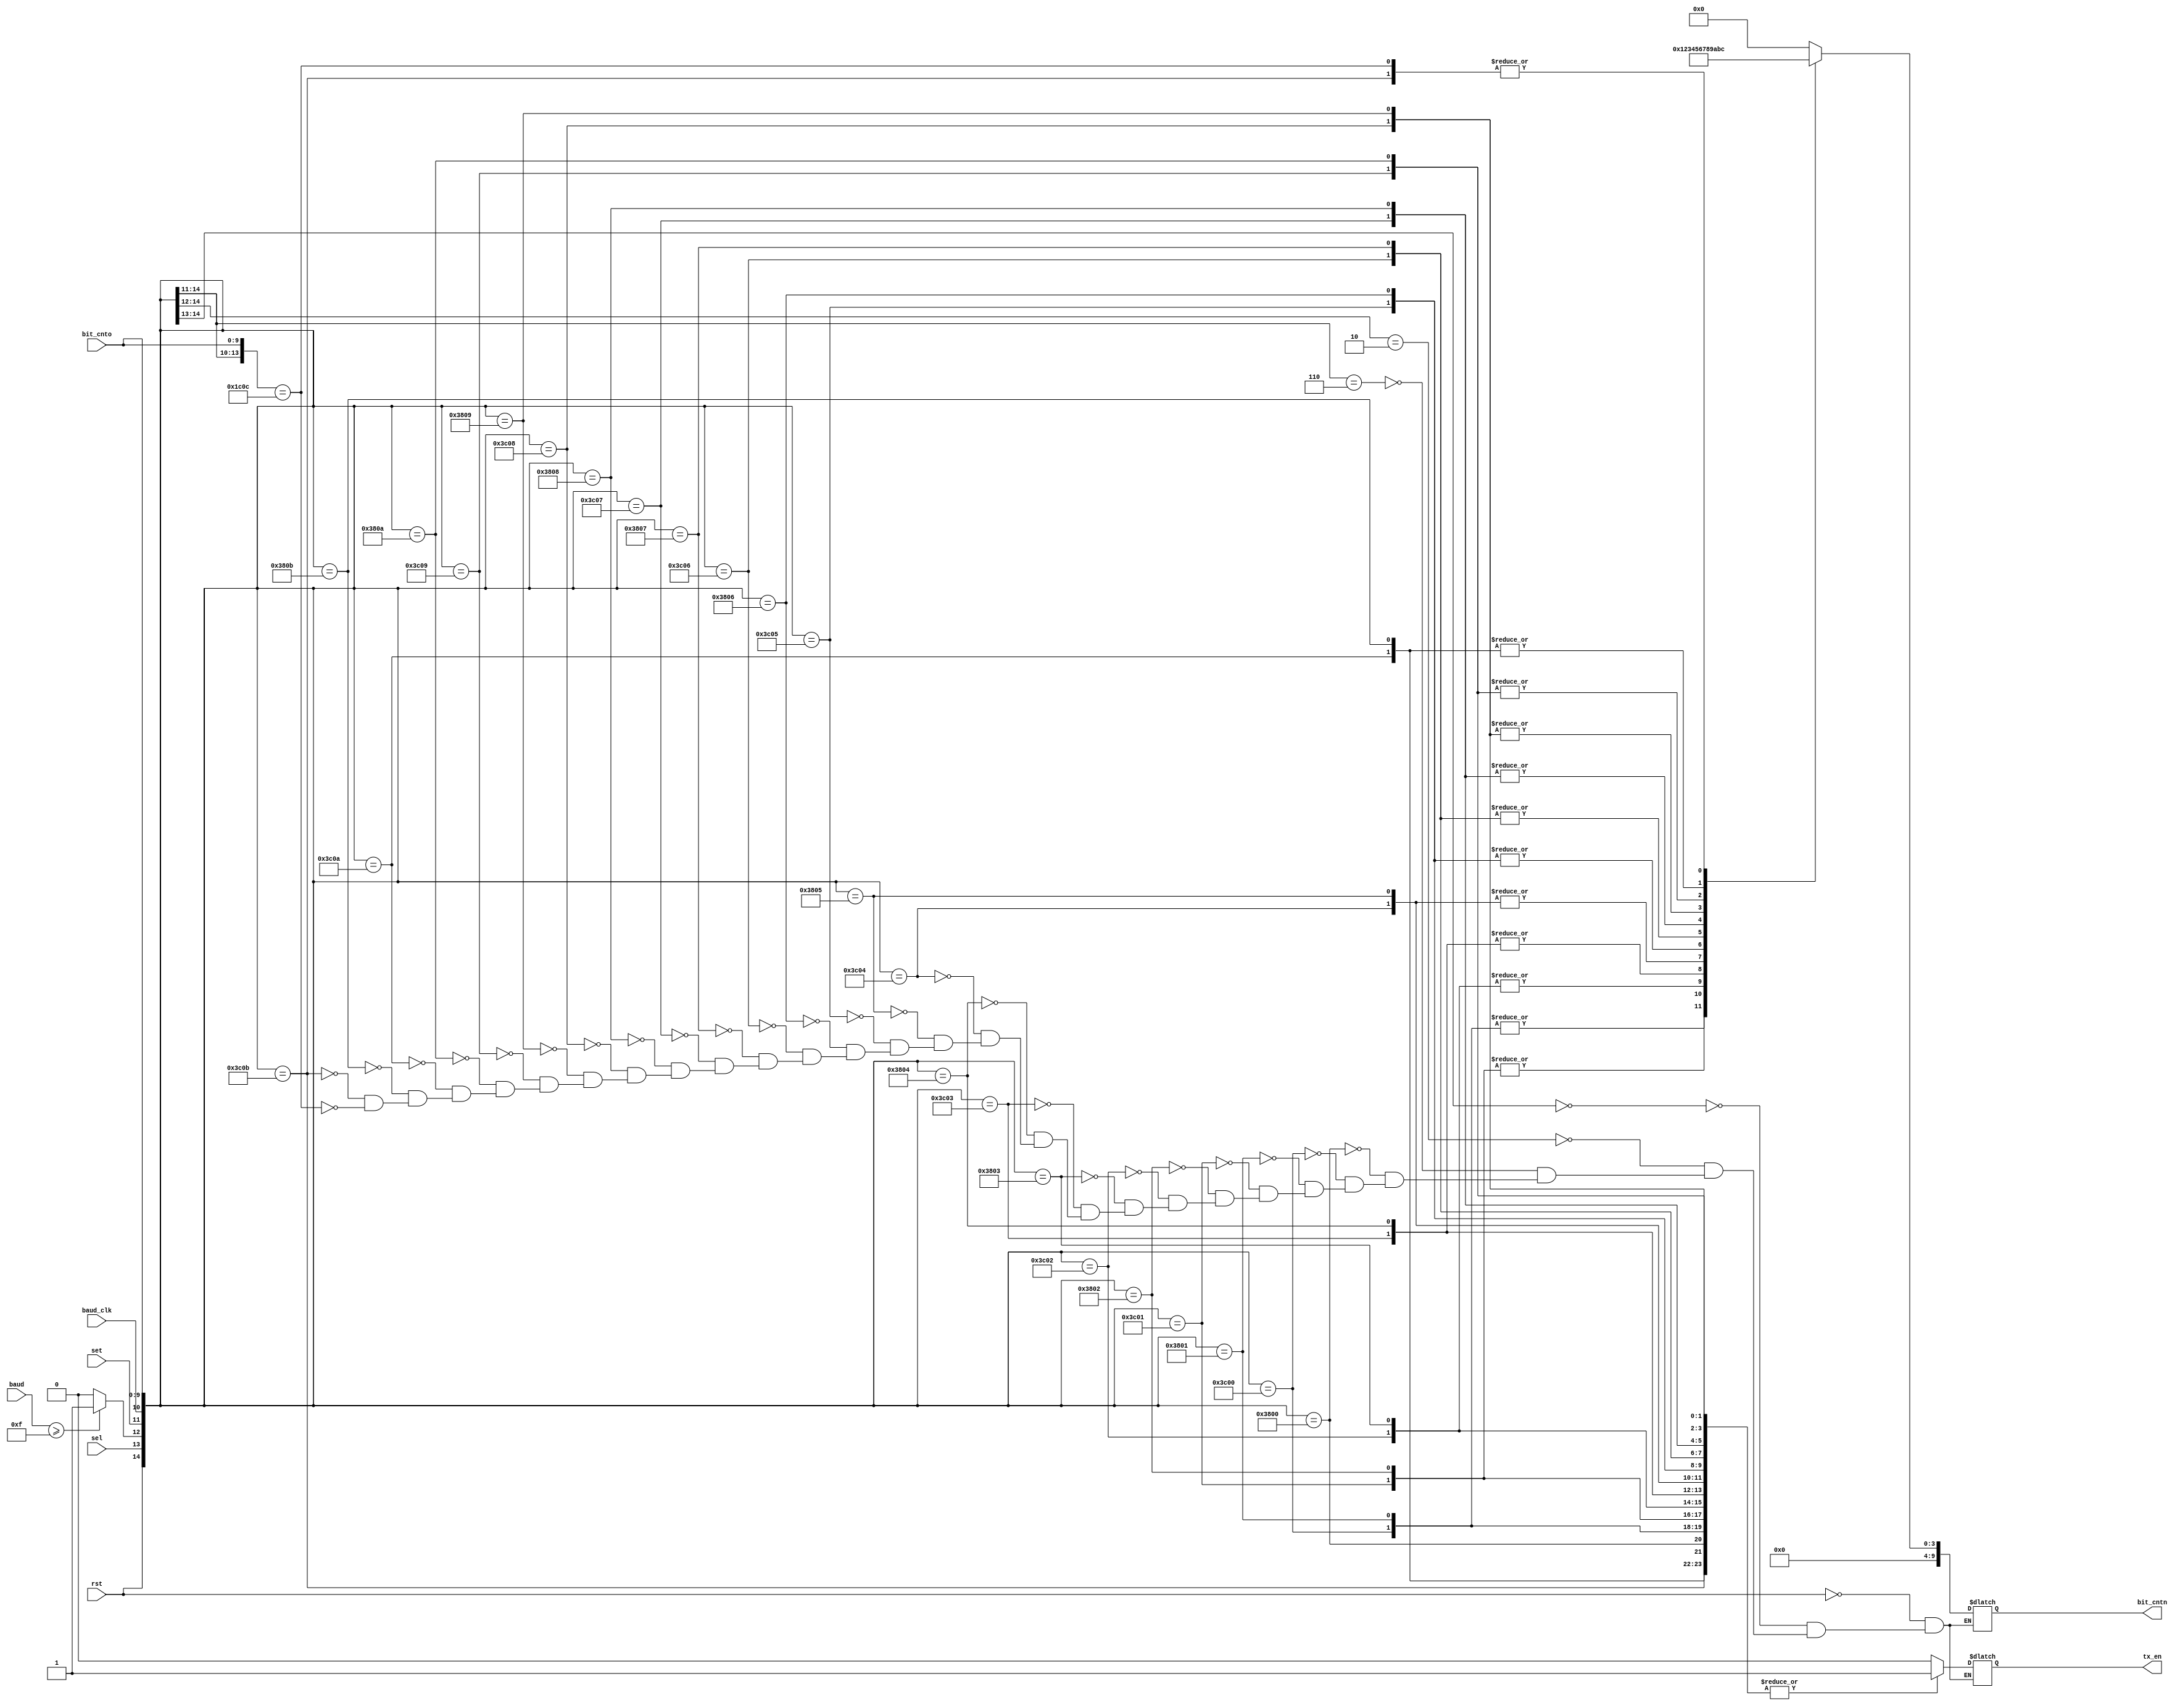
module tx_eight_ten_cp
(
	input wire 			rst,
	input wire			sel,
	input wire 			set,
	input wire 			baud_clk,
	input wire [9:0]  bit_cnto,
	input wire [19:0] baud,
	
	output reg [9:0]  bit_cntn,
	output reg 			tx_en
);

wire valid_baud;

assign valid_baud = (baud >= 20'd15) ? 1'b1 : 1'b0;

always @ *
begin

	casex ({rst, sel, valid_baud, set, baud_clk, bit_cnto})
	
	{1'b1, 1'bx, 1'bx, 1'bx, 1'bx, 10'dx}: {tx_en, bit_cntn} = {1'b0, 10'd0}; // reset control
	
	{1'b0, 1'b0, 1'bx, 1'bx, 1'bx, 10'dx}: {tx_en, bit_cntn} = {1'b0, 10'd0}; // standby
	
	{1'b0, 1'b1, 1'b0, 1'bx, 1'bx, 10'dx}: {tx_en, bit_cntn} = {1'b0, 10'd0}; // invalid baud
	
	{1'b0, 1'b1, 1'b1, 1'b0, 1'bx, 10'dx}: {tx_en, bit_cntn} = {1'b0, 10'd0}; // idling
	
	{1'b0, 1'b1, 1'b1, 1'b1, 1'b0, 10'd0}: {tx_en, bit_cntn} = {1'b1, 10'd0};   // Start bit
	{1'b0, 1'b1, 1'b1, 1'b1, 1'b1, 10'd0}: {tx_en, bit_cntn} = {1'b1, 10'd1};
	
	{1'b0, 1'b1, 1'b1, 1'b1, 1'b0, 10'd1}: {tx_en, bit_cntn} = {1'b1, 10'd1};   // din[0]
	{1'b0, 1'b1, 1'b1, 1'b1, 1'b1, 10'd1}: {tx_en, bit_cntn} = {1'b1, 10'd2};
	
	{1'b0, 1'b1, 1'b1, 1'b1, 1'b0, 10'd2}: {tx_en, bit_cntn} = {1'b1, 10'd2};   // din[1]
	{1'b0, 1'b1, 1'b1, 1'b1, 1'b1, 10'd2}: {tx_en, bit_cntn} = {1'b1, 10'd3};
	
	{1'b0, 1'b1, 1'b1, 1'b1, 1'b0, 10'd3}: {tx_en, bit_cntn} = {1'b1, 10'd3};   // din[2]
	{1'b0, 1'b1, 1'b1, 1'b1, 1'b1, 10'd3}: {tx_en, bit_cntn} = {1'b1, 10'd4};
	
	{1'b0, 1'b1, 1'b1, 1'b1, 1'b0, 10'd4}: {tx_en, bit_cntn} = {1'b1, 10'd4};   // din[3]
	{1'b0, 1'b1, 1'b1, 1'b1, 1'b1, 10'd4}: {tx_en, bit_cntn} = {1'b1, 10'd5};
	
	{1'b0, 1'b1, 1'b1, 1'b1, 1'b0, 10'd5}: {tx_en, bit_cntn} = {1'b1, 10'd5};   // din[4]
	{1'b0, 1'b1, 1'b1, 1'b1, 1'b1, 10'd5}: {tx_en, bit_cntn} = {1'b1, 10'd6};
	
	{1'b0, 1'b1, 1'b1, 1'b1, 1'b0, 10'd6}: {tx_en, bit_cntn} = {1'b1, 10'd6};   // din[5]
	{1'b0, 1'b1, 1'b1, 1'b1, 1'b1, 10'd6}: {tx_en, bit_cntn} = {1'b1, 10'd7};
	
	{1'b0, 1'b1, 1'b1, 1'b1, 1'b0, 10'd7}: {tx_en, bit_cntn} = {1'b1, 10'd7};   // din[6]
	{1'b0, 1'b1, 1'b1, 1'b1, 1'b1, 10'd7}: {tx_en, bit_cntn} = {1'b1, 10'd8};
	
	{1'b0, 1'b1, 1'b1, 1'b1, 1'b0, 10'd8}: {tx_en, bit_cntn} = {1'b1, 10'd8};   // din[7]
	{1'b0, 1'b1, 1'b1, 1'b1, 1'b1, 10'd8}: {tx_en, bit_cntn} = {1'b1, 10'd9};
	
	{1'b0, 1'b1, 1'b1, 1'b1, 1'b0, 10'd9}: {tx_en, bit_cntn} = {1'b1, 10'd9}; 	 // din[8]
	{1'b0, 1'b1, 1'b1, 1'b1, 1'b1, 10'd9}: {tx_en, bit_cntn} = {1'b1, 10'd10};
	
	{1'b0, 1'b1, 1'b1, 1'b1, 1'b0, 10'd10}: {tx_en, bit_cntn} = {1'b1, 10'd10}; // din[9]
	{1'b0, 1'b1, 1'b1, 1'b1, 1'b1, 10'd10}: {tx_en, bit_cntn} = {1'b1, 10'd11};
	
	{1'b0, 1'b1, 1'b1, 1'b1, 1'b0, 10'd11}: {tx_en, bit_cntn} = {1'b1, 10'd11}; // stop bit
	{1'b0, 1'b1, 1'b1, 1'b1, 1'b1, 10'd11}: {tx_en, bit_cntn} = {1'b1, 10'd12};	
	
	{1'b0, 1'b1, 1'b1, 1'b1, 1'bx, 10'd12}: {tx_en, bit_cntn} = {1'b0, 10'd12}; // end tx
	
	endcase
end

endmodule